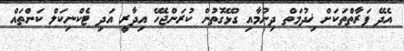
އެދޭ ފަރާތްތަކަށް ޚިދުމަތް ދިނުމާއި ގުޅޭގޮތުން ކުރަންޖެހޭ އިދާރީ އަދި ޓެކްނިކަލް ކަންތައް